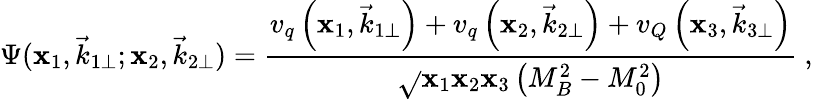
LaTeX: \Psi(\mathbf{x}_{1},\vec{{k}}_{1\perp};\mathbf{x}_{2},\vec{{k}}_{2\perp})=\frac{{v_{q}\left(\mathbf{x}_{1},\vec{{k}}_{1\perp}\right)+v_{q}\left(\mathbf{x}_{2},\vec{{k}}_{2\perp}\right)+v_{Q}\left(\mathbf{x}_{3},\vec{{k}}_{3\perp}\right)}}{{\sqrt{}{{\mathbf{x}_{1}\mathbf{x}_{2}\mathbf{x}_{3}}}\left(M_{B}^{2}-M_{0}^{2}\right)}}\ ,